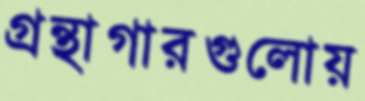
গ্রন্থাগারগুলোয়